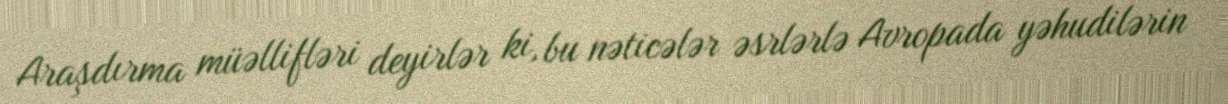
Araşdırma müəllifləri deyirlər ki, bu nəticələr əsrlərlə Avropada yəhudilərin